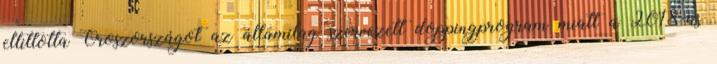
eltiltotta Oroszországot az államilag szervezett doppingprogram miatt a 2018-as